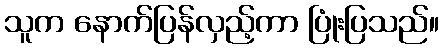
သူက နောက်ပြန်လှည့်ကာ ပြုံးပြသည်။